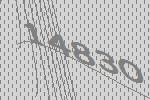
14830